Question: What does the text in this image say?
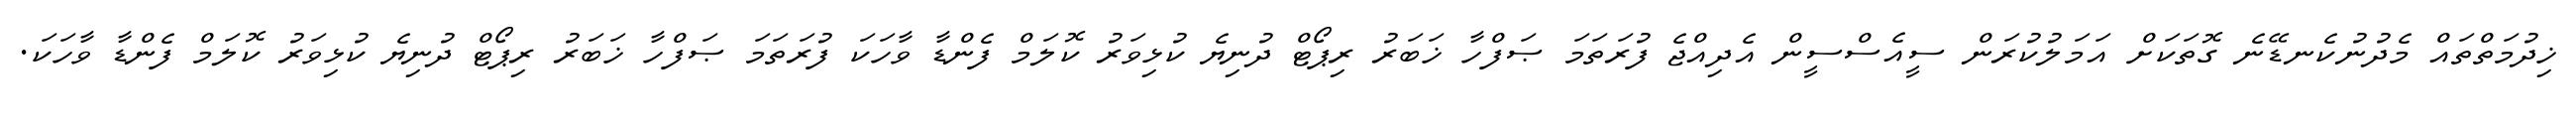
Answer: ޚިދުމަތްތައް މެދުނުކެނޑޭނެ ގޮތަކަށް އަމަލުކުރަން ސީއެސްސީން އެދިއްޖެ ފުރަތަމަ ޞަފްހާ ޚަބަރު ރިޕޯޓް ދުނިޔެ ކުޅިވަރު ކޮލަމް ފެންޑާ ވާހަކަ ފުރަތަމަ ޞަފްހާ ޚަބަރު ރިޕޯޓް ދުނިޔެ ކުޅިވަރު ކޮލަމް ފެންޑާ ވާހަކަ.